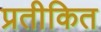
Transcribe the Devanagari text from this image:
प्रतीकित